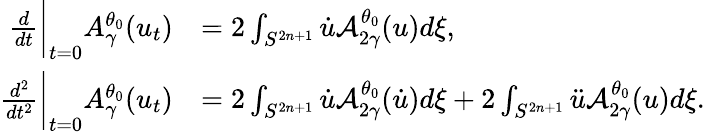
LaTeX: \begin{array}{rl}{\frac{d}{dt}\bigg|_{t=0}A_{\gamma}^{\theta_{0}}(u_{t})}&{=2\int_{S^{2n+1}}\dot{u}\mathcal{A}_{2\gamma}^{\theta_{0}}(u)d\xi,}\\ {\frac{d^{2}}{dt^{2}}\bigg|_{t=0}A_{\gamma}^{\theta_{0}}(u_{t})}&{=2\int_{S^{2n+1}}\dot{u}\mathcal{A}_{2\gamma}^{\theta_{0}}(\dot{u})d\xi+2\int_{S^{2n+1}}\ddot{u}\mathcal{A}_{2\gamma}^{\theta_{0}}(u)d\xi.}\end{array}